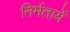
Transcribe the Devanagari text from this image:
निर्मतायें